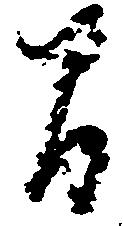
間